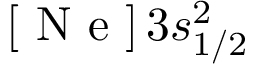
[ \mathrm { ~ N ~ e ~ } ] \, 3 s _ { 1 / 2 } ^ { 2 }